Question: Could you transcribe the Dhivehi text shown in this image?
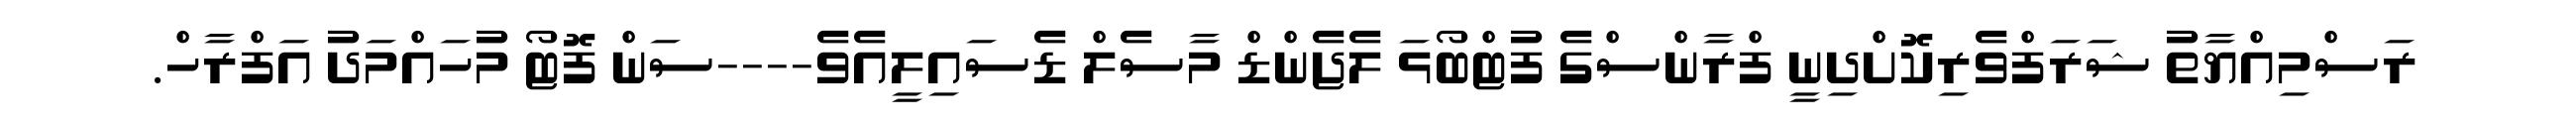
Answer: ރަސްމިއްޔާތު ޝަރަފްވެރިކޮށްދިނީ ފްރާންސްގެ ފުޓްބޯޅަ ލެޖެންޑް މާސެލް ޑެސައިލީއެވެ----ސަން ފޮޓޯ މުހައްމަދު އަފްރާހް.